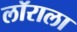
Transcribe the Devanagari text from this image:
लॉराला